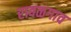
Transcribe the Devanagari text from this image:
रावळगाव